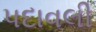
પદાવલી